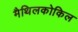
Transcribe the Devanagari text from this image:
मैथिलकोकिल